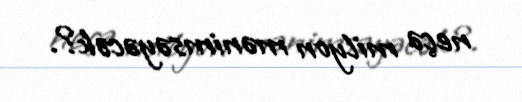
neçə milyon mənimsəyəcək?.